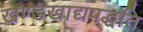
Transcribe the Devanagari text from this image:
खण्डखाद्यपद्धति